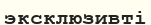
эксклюзивті